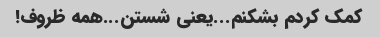
کمک کردم بشکنم...یعنی شستن...همه ظروف!